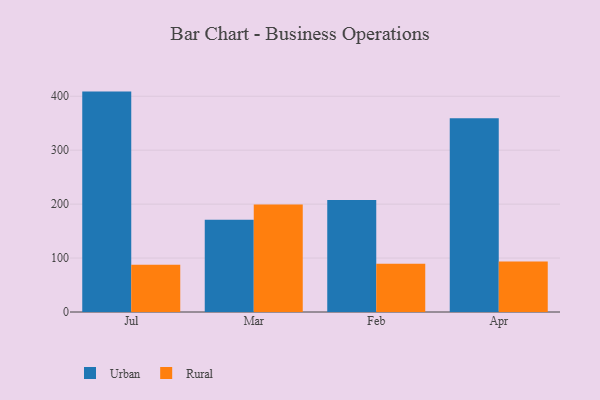
{"axis": {"x": "Month", "y": "Inventory Turnover"}, "legend": ["Rural", "Urban"], "data": [{"x": "Jul", "y": 408.6, "type": "Urban"}, {"x": "Jul", "y": 87.8, "type": "Rural"}, {"x": "Mar", "y": 170.9, "type": "Urban"}, {"x": "Mar", "y": 199.3, "type": "Rural"}, {"x": "Feb", "y": 207.7, "type": "Urban"}, {"x": "Feb", "y": 89.4, "type": "Rural"}, {"x": "Apr", "y": 359.1, "type": "Urban"}, {"x": "Apr", "y": 93.5, "type": "Rural"}]}